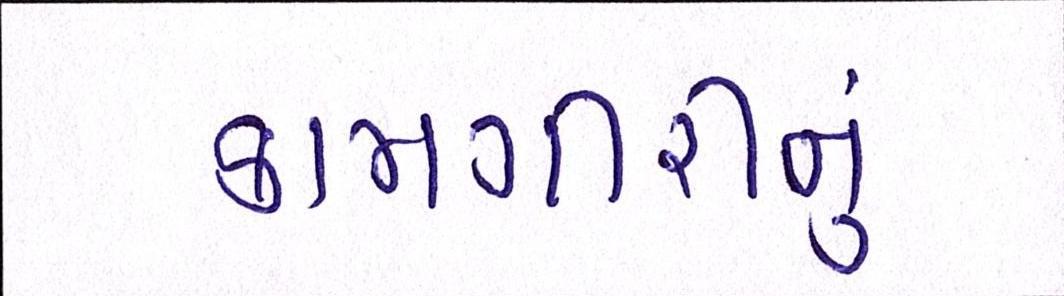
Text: કામગીરીનું